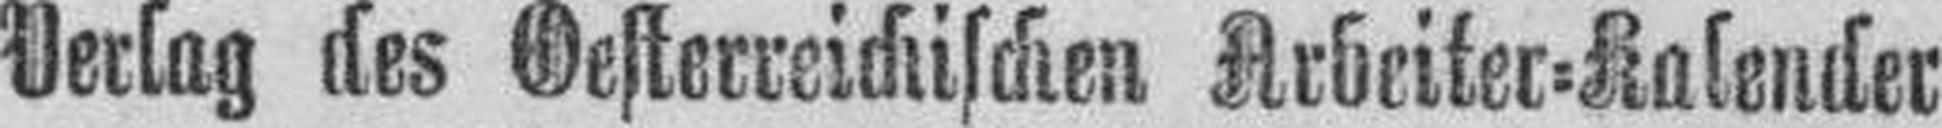
Verlag des Oesterreichischen Arbeiter=Kalender